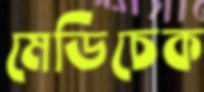
মেডিচেক